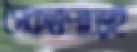
সৈকতপাড়েই